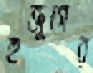
হুজুগের